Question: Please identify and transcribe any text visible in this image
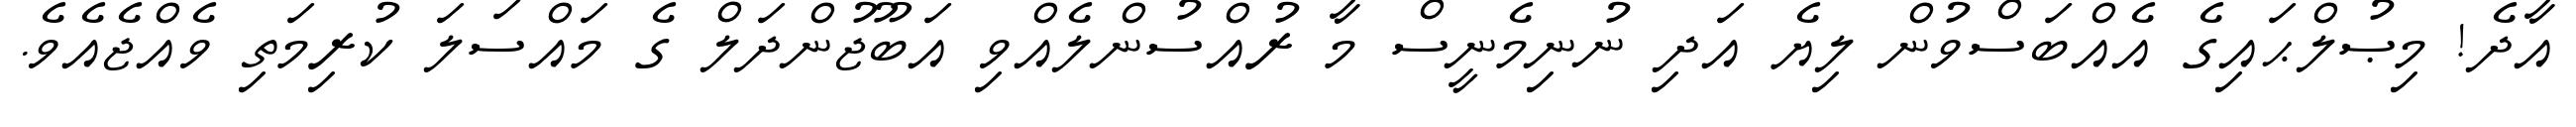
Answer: އާދެ! މިޞުލްޙައިގެ އެއްބަސްވުން ލިޔެ އަދި ނުނިމެނީސް މާ ރުއްސުންލެއްވި އަބޫޖުންދަލް ގެ މައްސަލަ ކުރިމަތި ވެއްޖެއެވެ.